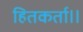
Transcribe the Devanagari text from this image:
हितकर्ता।।